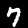
Label: 7